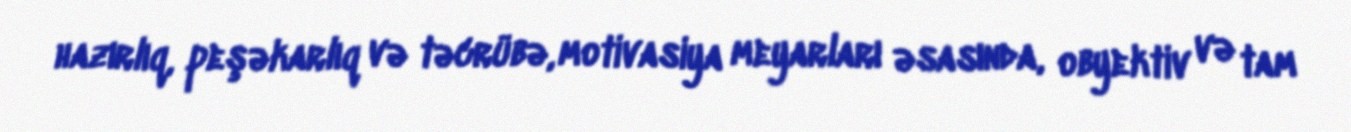
hazırlıq, peşəkarlıq və təcrübə, motivasiya meyarları əsasında, obyektiv və tam